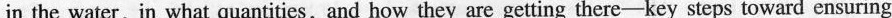
in the water. in what quantities, and how they are getting therekeysteps toward ensuring